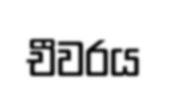
චීවරය